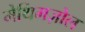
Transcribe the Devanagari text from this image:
मेथिमज़ोल